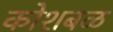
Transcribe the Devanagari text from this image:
कोशबळ